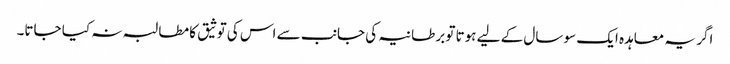
اگر یہ معاہدہ ایک سو سال کے لیے ہوتا تو برطانیہ کی جانب سے اس کی توثیق کا مطالبہ نہ کیا جاتا۔